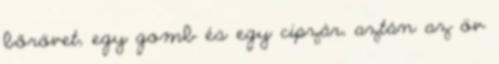
bőrövet, egy gomb és egy cipzár, aztán az öv